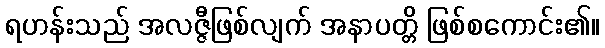
ရဟန်းသည် အလဇ္ဇီဖြစ်လျက် အနာပတ္တိ ဖြစ်စကောင်း၏။